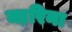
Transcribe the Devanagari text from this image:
जा़रिना